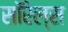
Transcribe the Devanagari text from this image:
सॉरेल्स